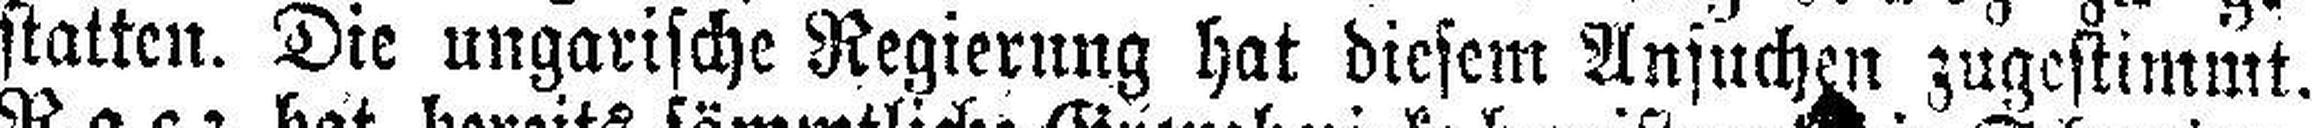
statten. Die ungarische Regierung hat diesem Ansuchen zugestimmt.